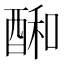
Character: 𮠱